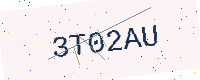
Text: 3T02AU